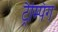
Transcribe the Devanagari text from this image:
ट्रैम्पिंग